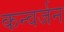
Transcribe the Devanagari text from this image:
कन्वर्जन